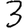
Digit: 3